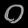
Digit: ၀